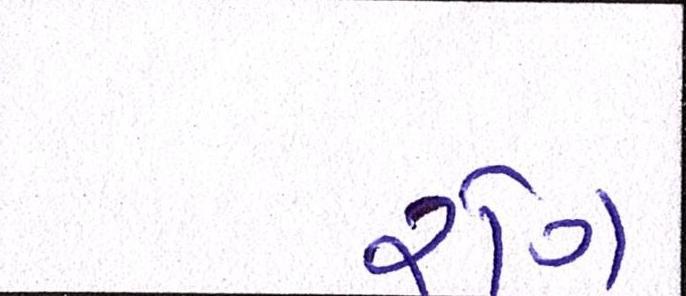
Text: રોગ